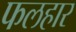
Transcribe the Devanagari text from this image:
फलहार